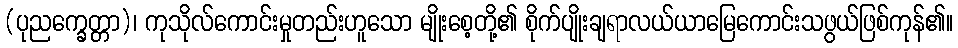
(ပုညက္ခေတ္တာ)၊ ကုသိုလ်ကောင်းမှုတည်းဟူသော မျိုးစေ့တို့၏ စိုက်ပျိုးချရာလယ်ယာမြေကောင်းသဖွယ်ဖြစ်ကုန်၏။